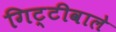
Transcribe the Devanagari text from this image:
गिट्टीवाले